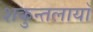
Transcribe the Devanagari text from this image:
शकुन्तलायाँ